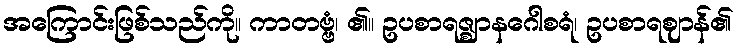
အကြောင်းဖြစ်သည်ကို။ ကာတဗ္ဗံ၊ ၏။ ဥပစာရဇ္ဈာနဂေါစရံ၊ ဥပစာရဈာန်၏